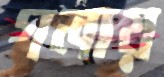
গলায়